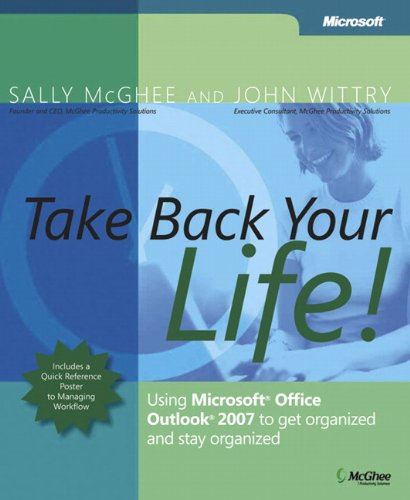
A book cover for Take Back Your Life!: Using Microsoft Office Outlook 2007 to Get Organized and Stay Organized; Sally McGhee; Computers & Technology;